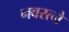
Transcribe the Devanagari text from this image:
नवरत्ने